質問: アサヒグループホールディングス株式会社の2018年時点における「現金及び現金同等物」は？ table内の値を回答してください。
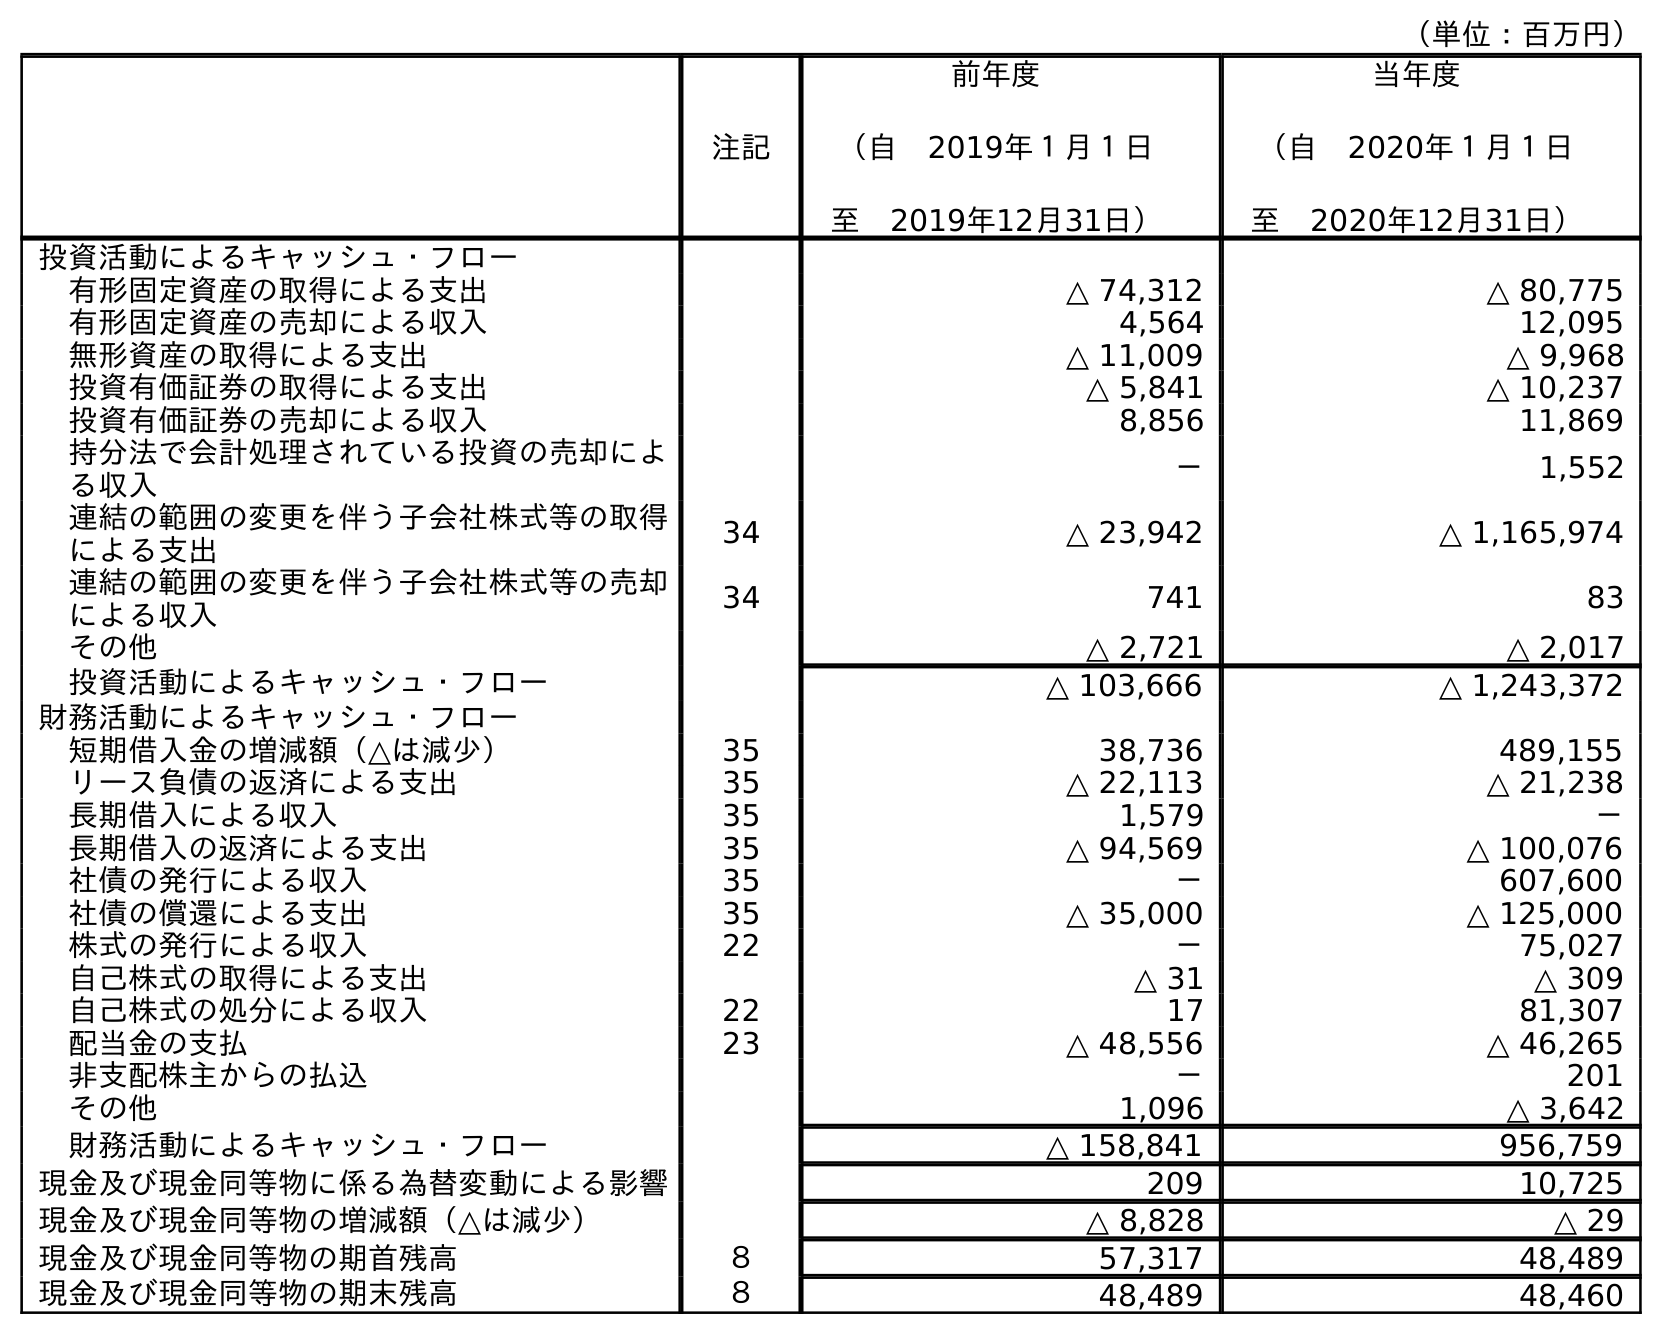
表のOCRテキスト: （単位：百万円） 注記 前年度 （自 2019年１月１日 至 2019年12月31日） 当年度 （自 2020年１月１日 至 2020年12月31日） 投資活動によるキャッシュ・フロー 有形固定資産の取得による支出 △ 74,312 △ 80,775 有形固定資産の売却による収入 4,564 12,095 無形資産の取得による支出 △ 11,009 △ 9,968 投資有価証券の取得による支出 △ 5,841 △ 10,237 投資有価証券の売却による収入 8,856 11,869 持分法で会計処理されている投資の売却によ る収入 － 1,552 連結の範囲の変更を伴う子会社株式等の取得 による支出 34 △ 23,942 △ 1,165,974 連結の範囲の変更を伴う子会社株式等の売却 による収入 34 741 83 その他 △ 2,721 △ 2,017 投資活動によるキャッシュ・フロー △ 103,666 △ 1,243,372 財務活動によるキャッシュ・フロー 短期借入金の増減額（△は減少） 35 38,736 489,155 リース負債の返済による支出 35 △ 22,113 △ 21,238 長期借入による収入 35 1,579 － 長期借入の返済による支出 35 △ 94,569 △ 100,076 社債の発行による収入 35 － 607,600 社債の償還による支出 35 △ 35,000 △ 125,000 株式の発行による収入 22 － 75,027 自己株式の取得による支出 △ 31 △ 309 自己株式の処分による収入 22 17 81,307 配当金の支払 23 △ 48,556 △ 46,265 非支配株主からの払込 － 201 その他 1,096 △ 3,642 財務活動によるキャッシュ・フロー △ 158,841 956,759 現金及び現金同等物に係る為替変動による影響 209 10,725 現金及び現金同等物の増減額（△は減少） △ 8,828 △ 29 現金及び現金同等物の期首残高 ８ 57,317 48,489 現金及び現金同等物の期末残高 ８ 48,489 48,460
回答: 57,317